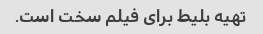
تهیه بلیط برای فیلم سخت است.